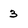
Character: 3